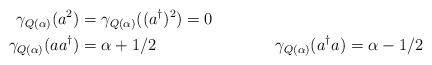
LaTeX: \begin{align*} \gamma_{Q(\alpha)}(a^2)&=\gamma_{Q(\alpha)}((a^\dag)^2)=0 \\\gamma_{Q(\alpha)}(aa^\dag)&=\alpha+1/2& \gamma_{Q(\alpha)}(a^\dag a)&=\alpha-1/2 \end{align*}